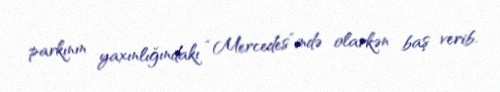
parkının yaxınlığındakı “Mercedes”ində olarkən baş verib.